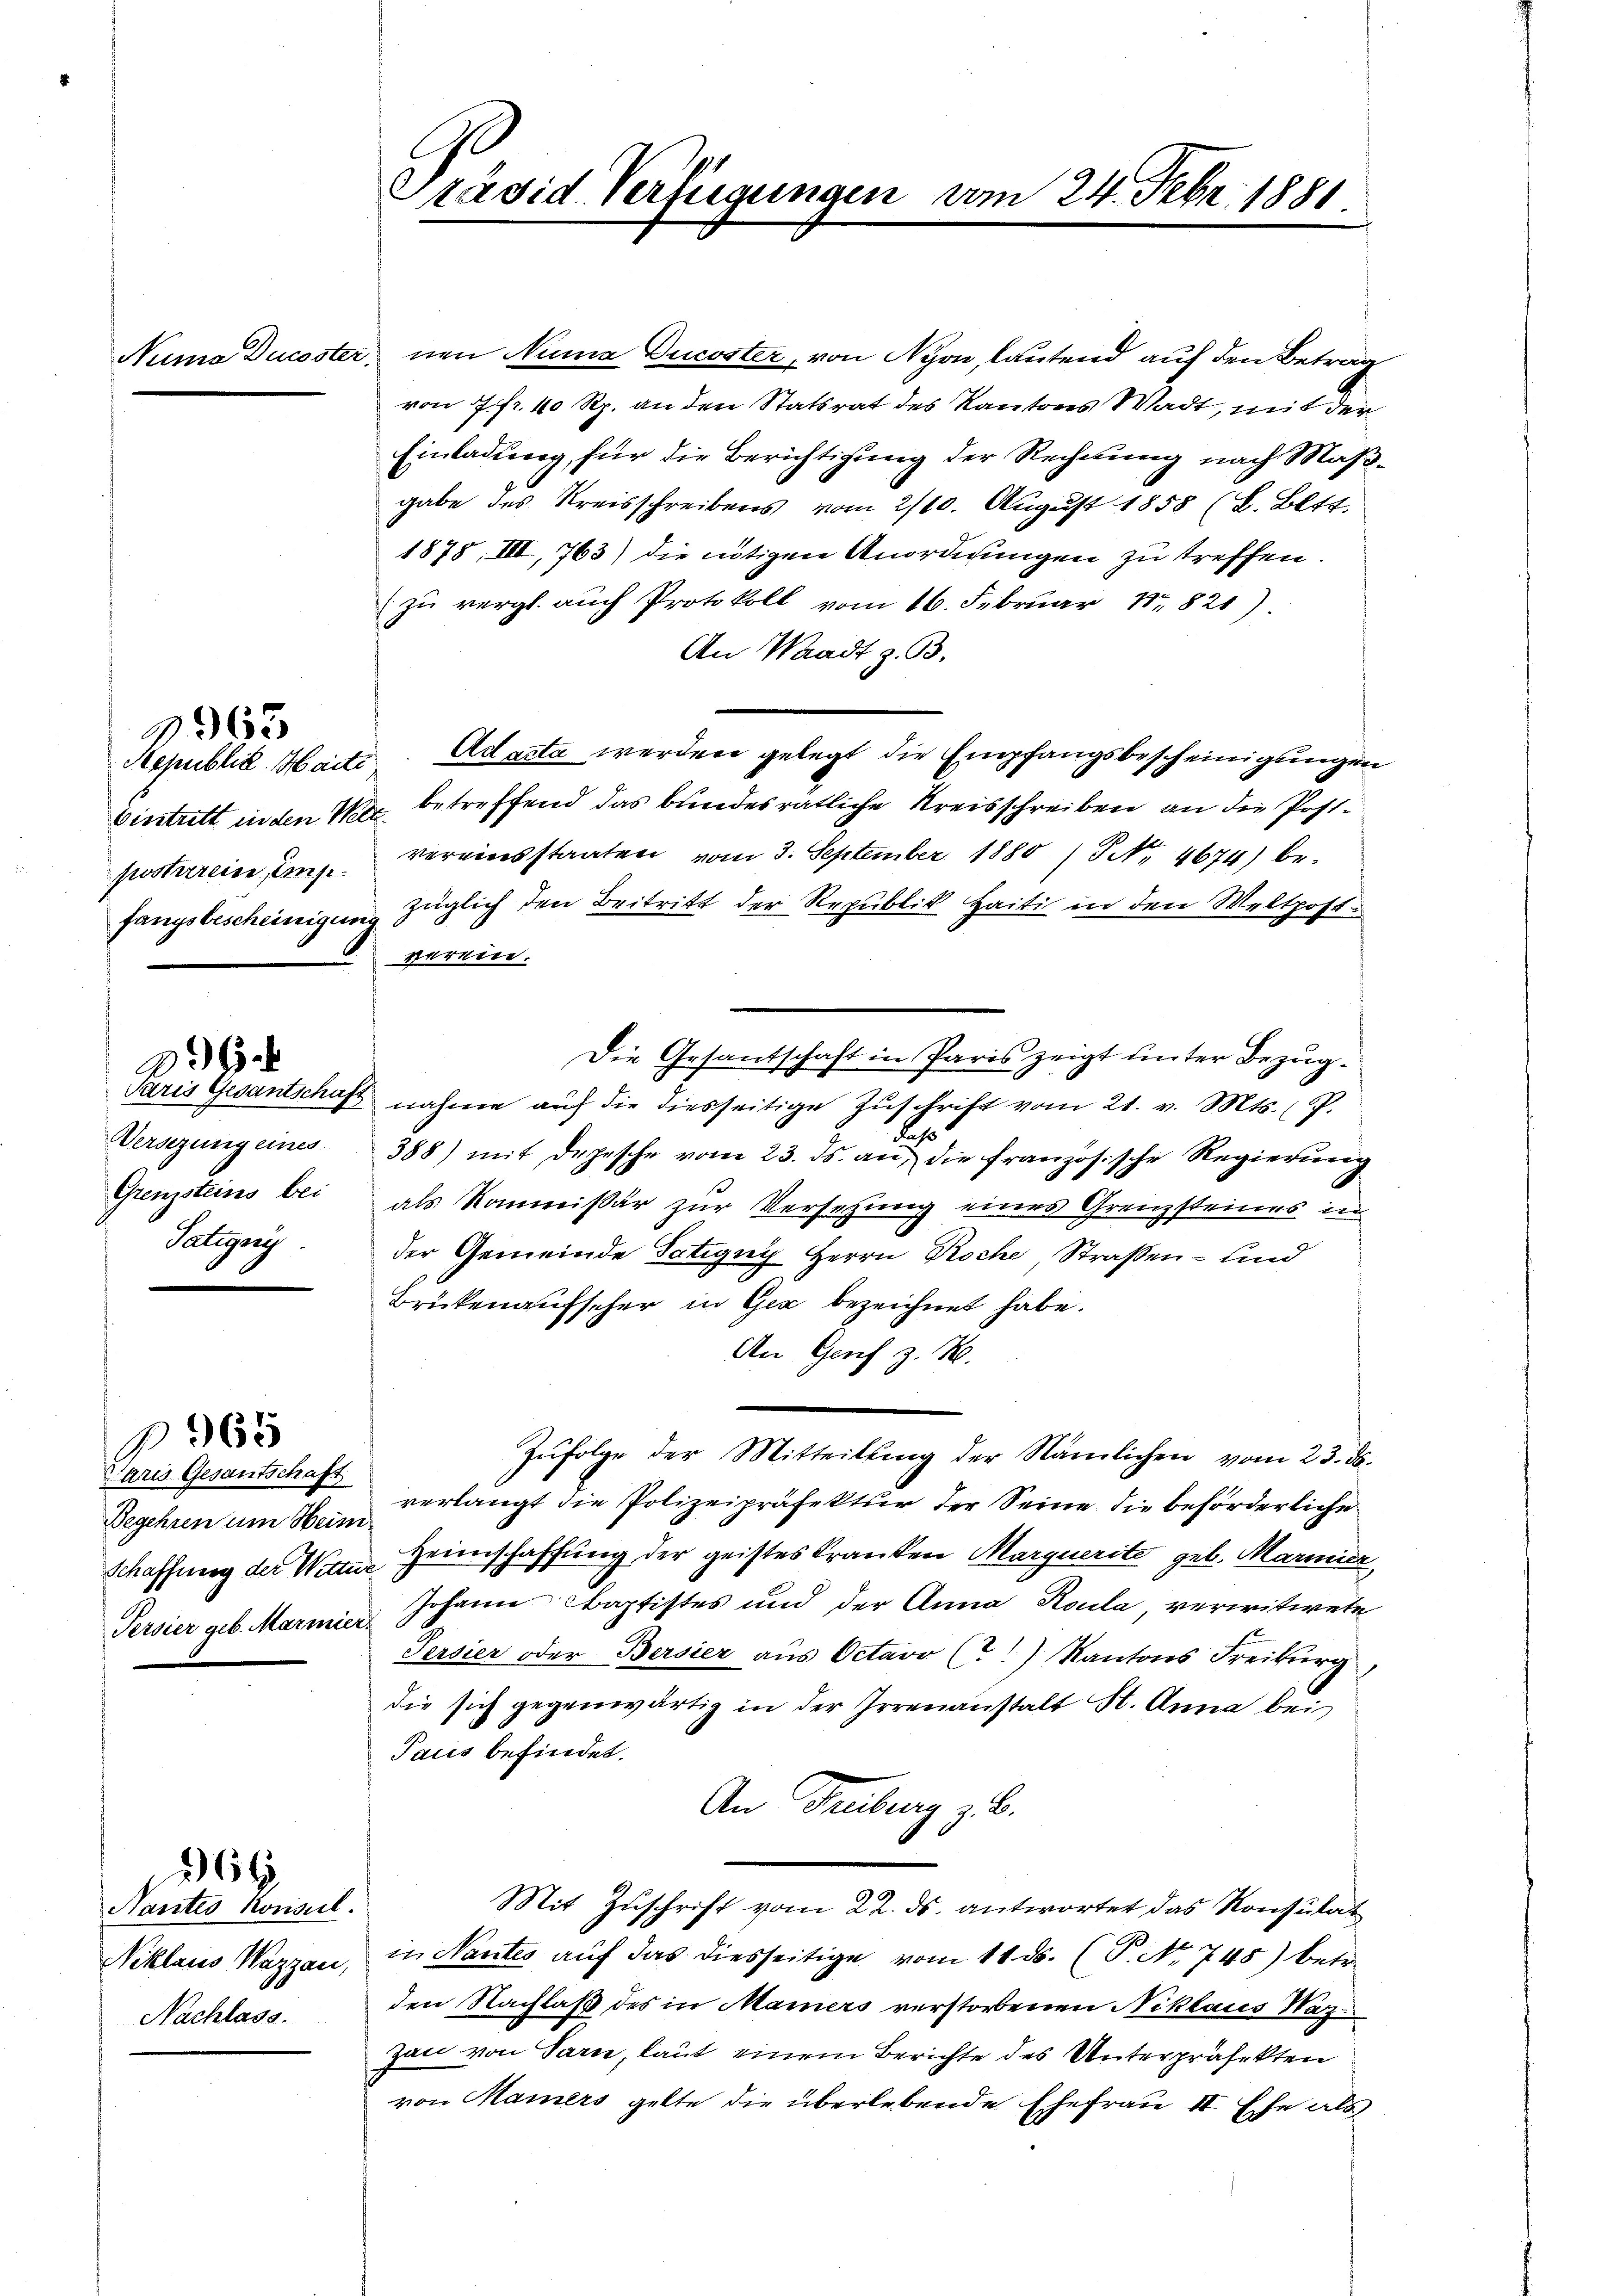
Republik. Maiti
posterein, Imp

963

6

Versezung eines
Grenzsteins bei
Tatigny

aris Gesantschaft
Begehren um Heim

365

264

Nantes Konsul.
Niklaus Wazzau,
Nachlass.

Präsid. Verfügungen

Numo Ducoster, nen Nina Ducoster, von Nyon, lautend auf den Betrag
von 7. fr. 40 Rp. an den Statsrat des Kantons Wadt, mit der
Einladung, für die Berichtigung der Rechnung nach Maßgabe des Kreisschreibens vom 2/10. August 1855 (L. Bett.
1878, III, 763) die nötigen Anordnungen zu treffen.
zŭ vergl. auch Protokoll vom 16. Febrŭar 1821).
An Waadt z. B.
Ad acta werden gelegt die Empfangsbescheinigungen
Eintritt in den Wer, betreffend das bundesrätliche Kreisschreiben an die Postvereinsstaaten vom 3. September 1880 / NNo. 4674) be-
fangsbescheinigung züglich den Beitritt der Republik Haiti in den Weltpost
vereine.
Die Gesantschaft in Paris zeigt unter Bezug¬
Paris Gesantschaft nahme auf die diesseitige Zuschrift vom 21. v. Mts. (T.
.
388) mit Depesche vom 23. ds. an, die französische Regierung
als Kommißär zur Versetzung eines Grenzsteines in
der Gemeinde Tätigny Herrn Roche, Straßen- und
Brükenaufseher in Gez bezeichnet habe.
An Genf z. B.
Zŭfolge der Mitteilung der Nämlichen vom 23. ds.
verlangt die Polizeipräfektur der Seine die beförderliche
Schaffung der Wien Heimschaffung der geistes Kranken Marquerite geb. Marmier
Persier geb. Marmier Johann Baptistes und der Anna Roula, verwitwete
Persier oder Bersier aus Octavo C) Kantons Freiburg
die sich gegenwärtig in der Irrenanstalt St. Anna bei
Paus befindet.
An Freiburg z. B.
Mit Zuschrift vom 22. ds. antwortet das Konsulate
in Nantes auf das diesseitige vom 11. ds. (T. No. 748) betr.
den Nachlaß des in Mainers verstorbenen Niklaus Naz
Zan von Tarn, laut einem Berichte des Unterpräfekten
von Maiers gelte die überlebende Ehefrau II Ehe als

vom 24. Febr. 1881